V__Kingissepa_nim__kolhoos, lk 11
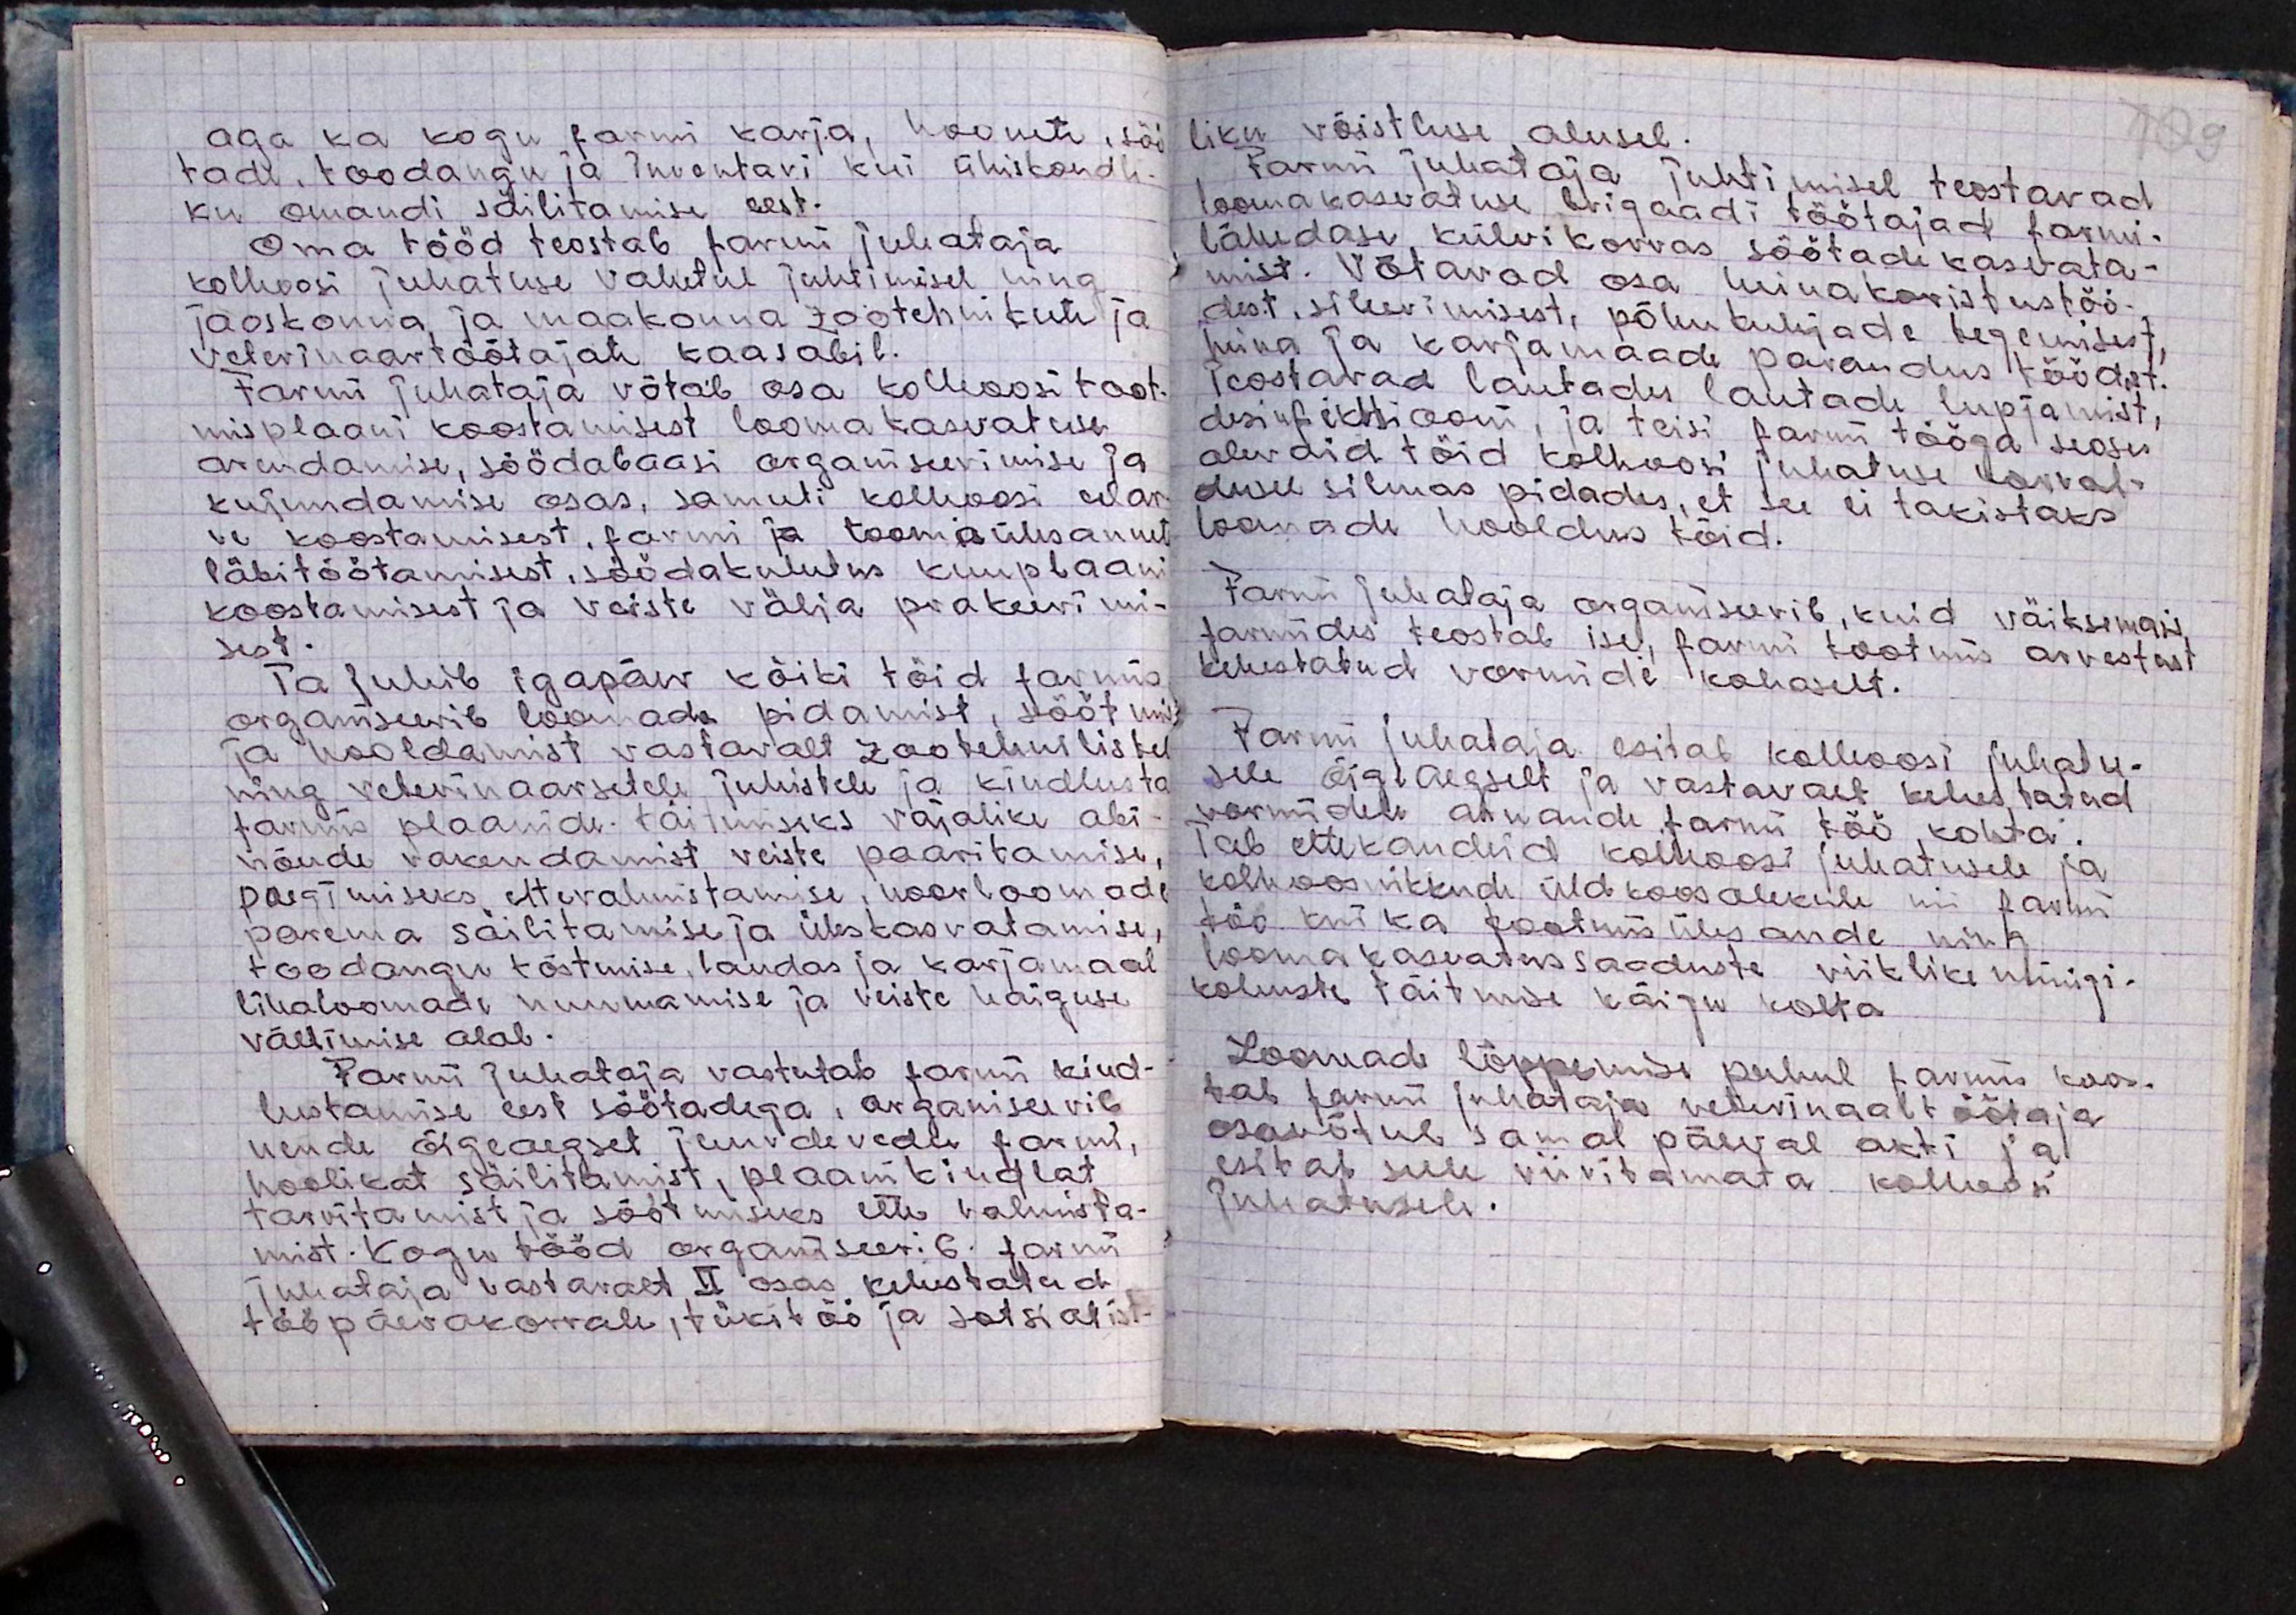
aga ka kogu farmi karja, hoonete, söi
tadi, toodangu ja inventari kui ühiskondli-
ku omandi säilitamise eest.
Oma tööd teostab farmi juhataja
kolhoosi juhatuse vahetul juhtimisel ning
jaoskonna ja maakonna zootehnikute ja
veterinaartöötajate kaasabil.
Farmi juhataja võtab osa kolhoosi toot-
misplaani koostamisest loomakasvatuse
arendamise, söödabaasi organiseerimise ja
kujundamise osas, samuti kolhoosi eelar
ve koostamisest, farmi ja toomisülesannet
läbitöötamisest, söödakulutus kuuplaani
koostamisest ja veiste välja prakeerimi-
sest.
Ta juhib igapäev kõiki töid farmis,
organiseerib loomade pidamist, söötmist
ja hooldamist vastavalt zootehnilistel
ning veterinaarsetele juhistele ja kindlusta
farmis plaanide täitmiseks vajalike abi
nõude rakendamist veiste paaritamise,
poegimiseks ettevalmistamise, noorloomade
parema säilitamise ja üleskasvatamise
toodangu tõstmise, laudas ja karjamaal
lihaloomade nuumamise ja veiste haiguse
vältimise alal.
Farmi juhataja vastutab farmi kind-
lustamise eest söötadega, organiseerib
nende õigeaegset juurdevedu farmi,
hoolikat säilitamist, plaanikindlat
tarvitamist ja söötmiseks ette valmista-
mist. Kogu tööd organiseerib farmi
juhataja vastavalt II osas kehistatud
tööpäevakorrale, tükitöö ja sotsialist-

liku võistluse alusel.
Farmi juhataja juhtimisel teostavad
loomakasvatuse brigaadi töötajad farmi-
lähedase külvikorras söötade kasvata-
mist. Võtavad osa heinakoristustöö-
dest, sileerimisest, põhukuhjade tegemisest,
heina ja karjamaade parandus töödest.
Teostavad lautades lautade lupjamist,
desinfiktsiooni, ja teisi farmi tööga seoses
olevaid töid kolhoosi juhatuse korral-
dusel silmas pidades, et see ei takistaks
loomade hooldus töid.
Farmi juhataja organiseerib, kuid väiksemais
farmides teostab ise, farmi tootmis arvestust
kehestatud vormide kohaselt.
Farmi juhataja esitab kolhoosi juhatu-
sele õigeaegselt ja vastavalt kehestatud
vormidele aruande farmi töö kohta.
Teeb ettekandeid kolhoosi juhatusele ja
kolhoosnikkude üldkoosolekule nii farmi
töö kui ka tootmis ülesande ning
loomakasvatus saaduste riiklike müügi-
kohuste täitmise käigu kohta.
Loomade lõppemise puhul farmis koos-
tab farmi juhataja veterinaaltöötaja
osavõtul samal päeval akti ja
esitab selle viivitamata kolhoosi
juhatusele.